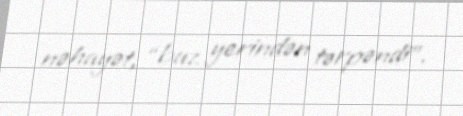
nəhayət, “buz yerindən tərpəndi”.